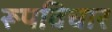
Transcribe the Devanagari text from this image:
रूपविचार